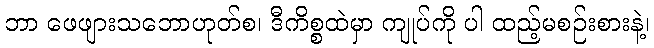
ဘာ ဖေဖျားသဘောဟုတ်စ၊ ဒီကိစ္စထဲမှာ ကျုပ်ကို ပါ ထည့်မစဉ်းစားနဲ့၊